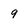
Character: 9